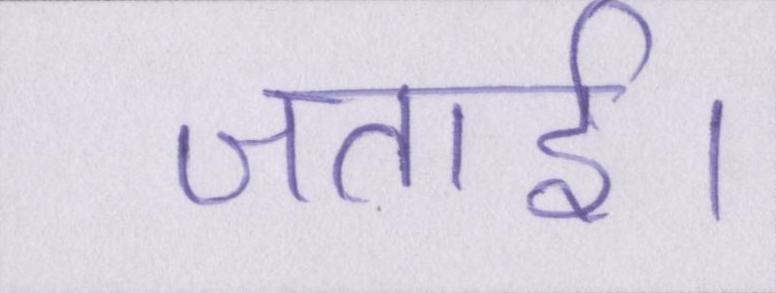
जताई।